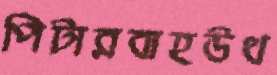
পিটারবাহউথ